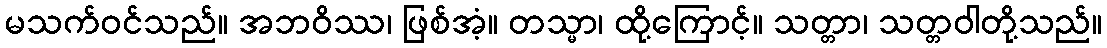
မသက်ဝင်သည်။ အဘဝိဿ၊ ဖြစ်အံ့။ တသ္မာ၊ ထို့ကြောင့်။ သတ္တာ၊ သတ္တဝါတို့သည်။